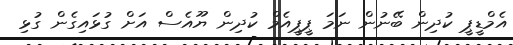
އެމްޑީޕީ ކުދިން ބޭނުން ނަމަ ޕީޕީއެމް ކުދިން ޔޫއެސް އަށް ގުޅައިގެން ގުޅި